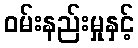
ဝမ်းနည်းမှုနှင့်